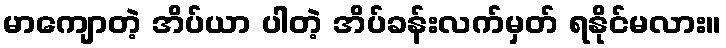
မာကျောတဲ့ အိပ်ယာ ပါတဲ့ အိပ်ခန်းလက်မှတ် ရနိုင်မလား။